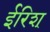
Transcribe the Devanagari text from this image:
ईरिश्